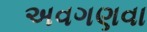
અવગણવા